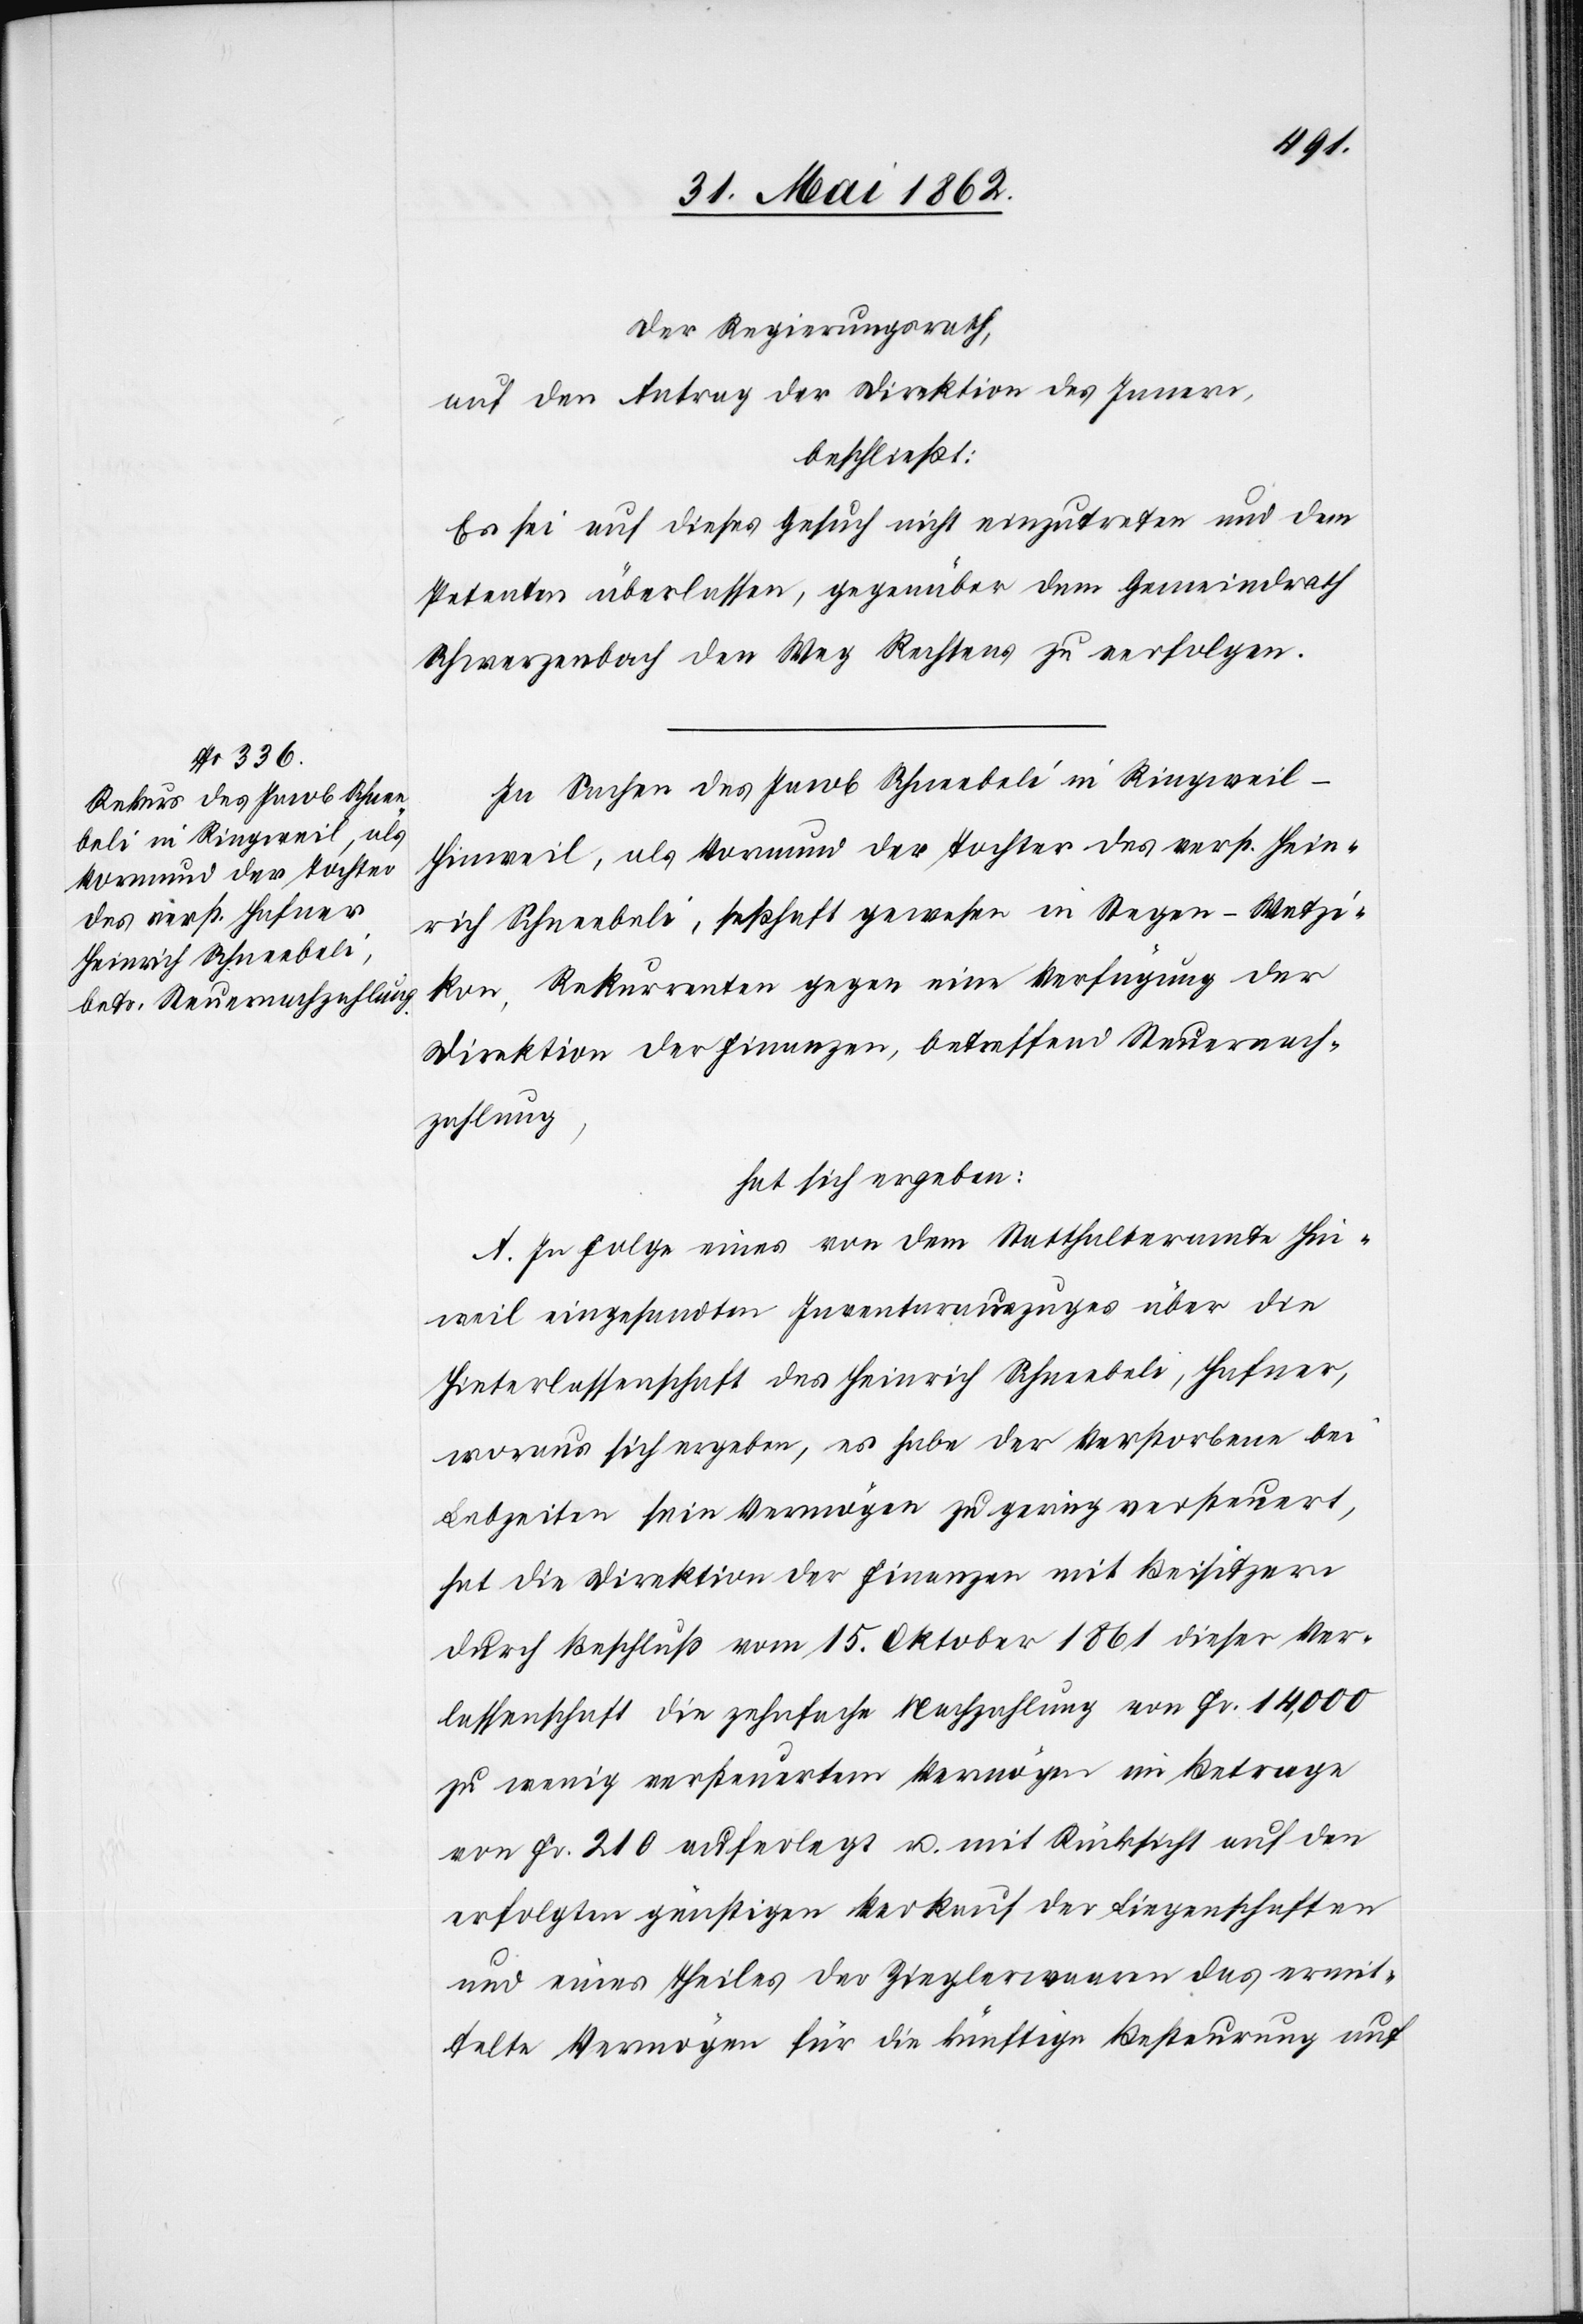
Der Regierungsrath,
auf den Antrag der Direktion des Innern,
beschließt:
Es sei auf dieses Gesuch nicht einzutreten und den
Petenten überlassen, gegenüber dem Gemeindrath
Schwerzenbach den Weg Rechtens zu erfolgen.
In Sachen des Jacob Schneebeli in Ringweil-H¬
inweil, als Vormund der Tochter des verst. Hein¬
rich Schneebeli, seßhaft gewesen in Stegen-Wetzi¬
kon, Rekurrenten gegen eine Verfügung der
Direktion der Finanzen, betreffend Steuernach¬
zahlung,
hat sich ergeben:
A. In Folge eines von dem Statthalteramte Hin¬
weil eingesandten Inventarauszuges über die
Hinterlassenschaft des Heinrich Schneebeli, Hafner,
woraus sich ergeben, es habe der Verstorbene bei
Lebzeiten sein Vermögen zu gering versteuert,
hat die Direktion der Finanzen mit Beisitzern
durch Beschluß vom 15. Oktober 1861 dieser Ver¬
lassenschaft die zehnfache Nachzahlung von Fr. 14,000
zu wenig versteuertem Vermögen im Betrage
von Fr. 210 auferlegt u. mit Rücksicht auf den
erfolgten günstigen Verkauf der Liegenschaften
und eines Theiles der Zieglerwaren das ermit¬
telte Vermögen für die künftige Besteurung auf